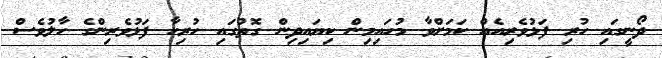
ދޯނީގައި ހުރި ފަޅުވެރިއެއް ކަމަށްވާ މުހައިމިން ކިޔައިދިން ގޮތުގައި ހުރިހާ ފަޅުވެރިންގެ ހާލުވެސް